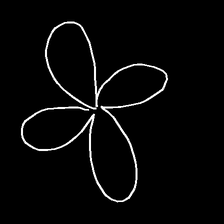
Glyph: billowing